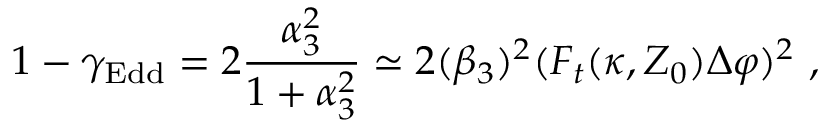
1 - \gamma _ { \mathrm { E d d } } = 2 { \frac { \alpha _ { 3 } ^ { 2 } } { 1 + \alpha _ { 3 } ^ { 2 } } } \simeq 2 ( \beta _ { 3 } ) ^ { 2 } ( F _ { t } ( \kappa , Z _ { 0 } ) \Delta \varphi ) ^ { 2 } \ ,